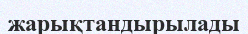
жарықтандырылады